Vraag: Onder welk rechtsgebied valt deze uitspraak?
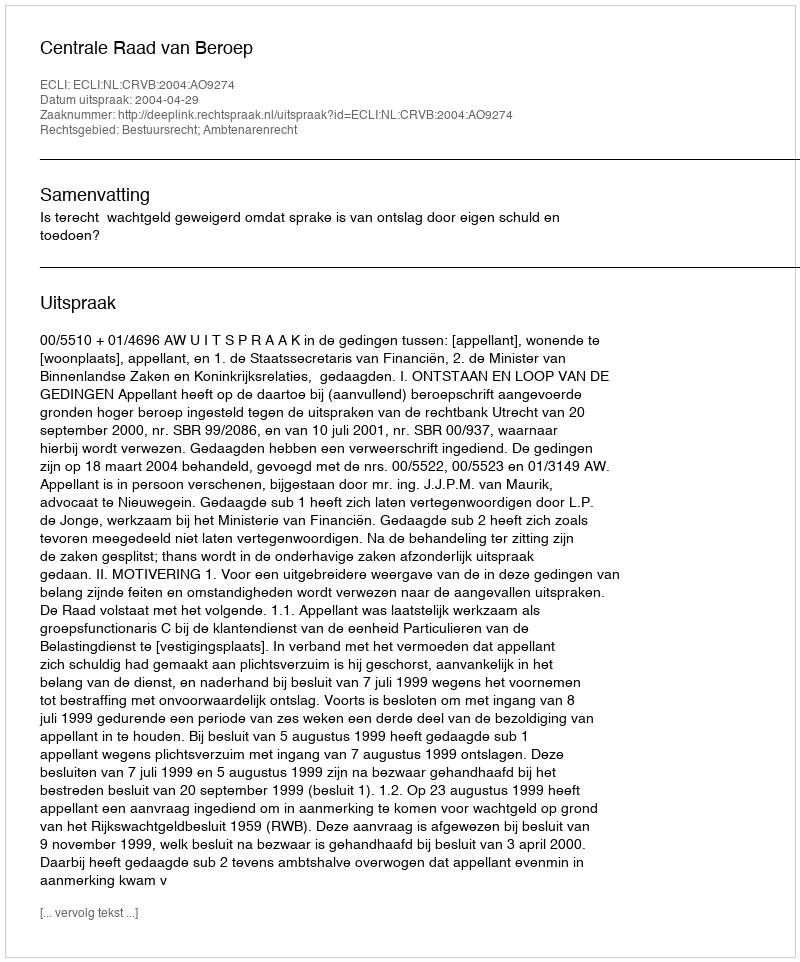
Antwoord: Bestuursrecht; Ambtenarenrecht